Scottish Certificate of Education, 1963
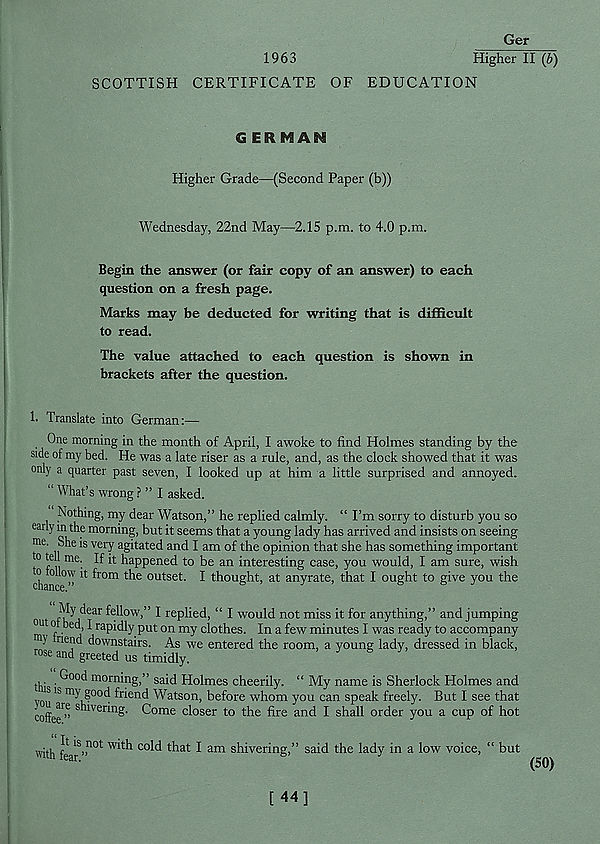
Ger
1963
Higher II (b)
SCOTTISH CERTIFICATE OF EDUCATION
GERMAN
Higher Grade—(Second Paper (b))
Wednesday, 22nd May—2.15 p.m. to 4.0 p.m.
Begin the answer (or fair copy of an answer) to each
question on a fresh page.
Marks may be deducted for writing that is difficult
to read.
The value attached to each question is shown in
brackets after the question.
1. Translate into German:—
One morning in the month of April, I awoke to find Holmes standing by the
side of my bed. He was a late riser as a rule, and, as the clock showed that it was
only a quarter past seven, I looked up at him a little surprised and annoyed.
“ What’s wrong ? ” I asked.
Nothing, my dear Watson,” he replied calmly. “ I’m sorry to disturb you so
early in the morning, but it seems that a young lady has arrived and insists on seeing
me. She is very agitated and I am of the opinion that she has something important
t0 f ii me ' ^ ^ h a PP ene d to be an interesting case, you would, I am sure, wish
to follow it from the outset. I thought, at anyrate, that I ought to give you the
out fh^e ar ^o w >” ^ replied, “ I would not miss it for anything,” and jumping
u of bed, I rapidly put on my clothes. In a few minutes I was ready to accompany
m 5 nend downstairs. As we entered the room, a young lady, dressed in black,
rose and greeted us timidly.
00( i morning,” said Holmes cheerily. “ My name is Sherlock Holmes and
you 18 m^| ? 00c ! friertd Watson, before whom you can speak freely. But I see that
coffee 1 ” S ™ er^n §‘ C om e closer to the fire and I shall order you a cup of hot
with fear S ” n0t
C°^ t^lal: ^ am shivering,” said the lady in a low voice,
(50)
[ 44]